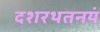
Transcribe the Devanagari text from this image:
दशरथतनयं